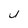
Character: U